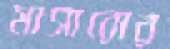
মাসারোর